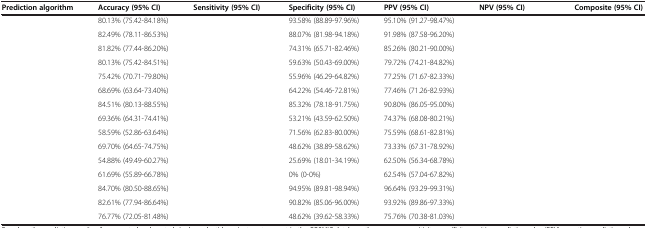
<table><thead><tr><td><b>Prediction algorithm</b></td><td><b>Accuracy (95% CI)</b></td><td><b>Sensitivity (95% CI)</b></td><td><b>Specificity (95% CI)</b></td><td><b>PPV (95% CI)</b></td><td><b>NPV (95% CI)</b></td><td><b>Composite (95% CI)</b></td></tr></thead><tbody><tr><td>[EMPTY_CELL]</td><td>80.13% (75.42-84.18%)</td><td>[EMPTY_CELL]</td><td>93.58% (88.89-97.96%)</td><td>95.10% (91.27-98.47%)</td><td>[EMPTY_CELL]</td><td>[EMPTY_CELL]</td></tr><tr><td>[EMPTY_CELL]</td><td>82.49% (78.11-86.53%)</td><td>[EMPTY_CELL]</td><td>88.07% (81.98-94.18%)</td><td>91.98% (87.58-96.20%)</td><td>[EMPTY_CELL]</td><td>[EMPTY_CELL]</td></tr><tr><td>[EMPTY_CELL]</td><td>81.82% (77.44-86.20%)</td><td>[EMPTY_CELL]</td><td>74.31% (65.71-82.46%)</td><td>85.26% (80.21-90.00%)</td><td>[EMPTY_CELL]</td><td>[EMPTY_CELL]</td></tr><tr><td>[EMPTY_CELL]</td><td>80.13% (75.42-84.51%)</td><td>[EMPTY_CELL]</td><td>59.63% (50.43-69.00%)</td><td>79.72% (74.21-84.82%)</td><td>[EMPTY_CELL]</td><td>[EMPTY_CELL]</td></tr><tr><td>[EMPTY_CELL]</td><td>75.42% (70.71-79.80%)</td><td>[EMPTY_CELL]</td><td>55.96% (46.29-64.82%)</td><td>77.25% (71.67-82.33%)</td><td>[EMPTY_CELL]</td><td>[EMPTY_CELL]</td></tr><tr><td>[EMPTY_CELL]</td><td>68.69% (63.64-73.40%)</td><td>[EMPTY_CELL]</td><td>64.22% (54.46-72.81%)</td><td>77.46% (71.26-82.93%)</td><td>[EMPTY_CELL]</td><td>[EMPTY_CELL]</td></tr><tr><td>[EMPTY_CELL]</td><td>84.51% (80.13-88.55%)</td><td>[EMPTY_CELL]</td><td>85.32% (78.18-91.75%)</td><td>90.80% (86.05-95.00%)</td><td>[EMPTY_CELL]</td><td>[EMPTY_CELL]</td></tr><tr><td>[EMPTY_CELL]</td><td>69.36% (64.31-74.41%)</td><td>[EMPTY_CELL]</td><td>53.21% (43.59-62.50%)</td><td>74.37% (68.08-80.21%)</td><td>[EMPTY_CELL]</td><td>[EMPTY_CELL]</td></tr><tr><td>[EMPTY_CELL]</td><td>58.59% (52.86-63.64%)</td><td>[EMPTY_CELL]</td><td>71.56% (62.83-80.00%)</td><td>75.59% (68.61-82.81%)</td><td>[EMPTY_CELL]</td><td>[EMPTY_CELL]</td></tr><tr><td>[EMPTY_CELL]</td><td>69.70% (64.65-74.75%)</td><td>[EMPTY_CELL]</td><td>48.62% (38.89-58.62%)</td><td>73.33% (67.31-78.92%)</td><td>[EMPTY_CELL]</td><td>[EMPTY_CELL]</td></tr><tr><td>[EMPTY_CELL]</td><td>54.88% (49.49-60.27%)</td><td>[EMPTY_CELL]</td><td>25.69% (18.01-34.19%)</td><td>62.50% (56.34-68.78%)</td><td>[EMPTY_CELL]</td><td>[EMPTY_CELL]</td></tr><tr><td>[EMPTY_CELL]</td><td>61.69% (55.89-66.78%)</td><td>[EMPTY_CELL]</td><td>0% (0-0%)</td><td>62.54% (57.04-67.82%)</td><td>[EMPTY_CELL]</td><td>[EMPTY_CELL]</td></tr><tr><td>[EMPTY_CELL]</td><td>84.70% (80.50-88.65%)</td><td>[EMPTY_CELL]</td><td>94.95% (89.81-98.94%)</td><td>96.64% (93.29-99.31%)</td><td>[EMPTY_CELL]</td><td>[EMPTY_CELL]</td></tr><tr><td>[EMPTY_CELL]</td><td>82.61% (77.94-86.64%)</td><td>[EMPTY_CELL]</td><td>90.82% (85.06-96.00%)</td><td>93.92% (89.86-97.33%)</td><td>[EMPTY_CELL]</td><td>[EMPTY_CELL]</td></tr><tr><td>[EMPTY_CELL]</td><td>76.77% (72.05-81.48%)</td><td>[EMPTY_CELL]</td><td>48.62% (39.62-58.33%)</td><td>75.76% (70.38-81.03%)</td><td>[EMPTY_CELL]</td><td>[EMPTY_CELL]</td></tr></tbody></table>